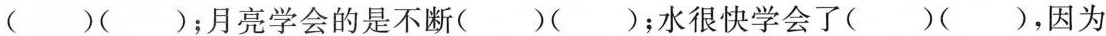
()()；月亮学会的是不断()()；水很快学会了()()，因为